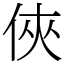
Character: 俠